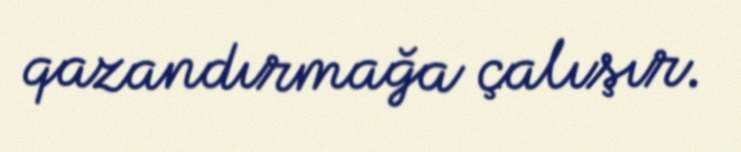
qazandırmağa çalışır.